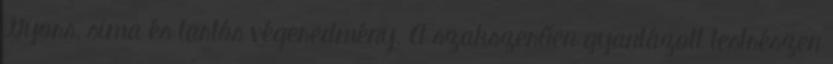
Gyors, sima és tartós végeredmény. A szakszerűen gyantázott testrészen